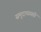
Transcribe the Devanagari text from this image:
समुदायासही